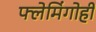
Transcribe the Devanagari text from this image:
फ्लेमिंगोही